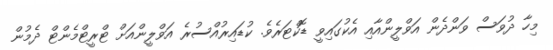
މިހާ ދުވަސް ވަންދެން އަވްލީންއާއި އެކުގައިވީ ޑޮކްޓަރެވެ. ކުޑައިރުއްސުރެ އަވްލީންއަށް ޓްރީޓްމެންޓް ދެމުން